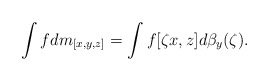
\begin{gather*}\int f dm_{[x,y,z]}=\int f[\zeta x,z] d\beta_y(\zeta).\end{gather*}